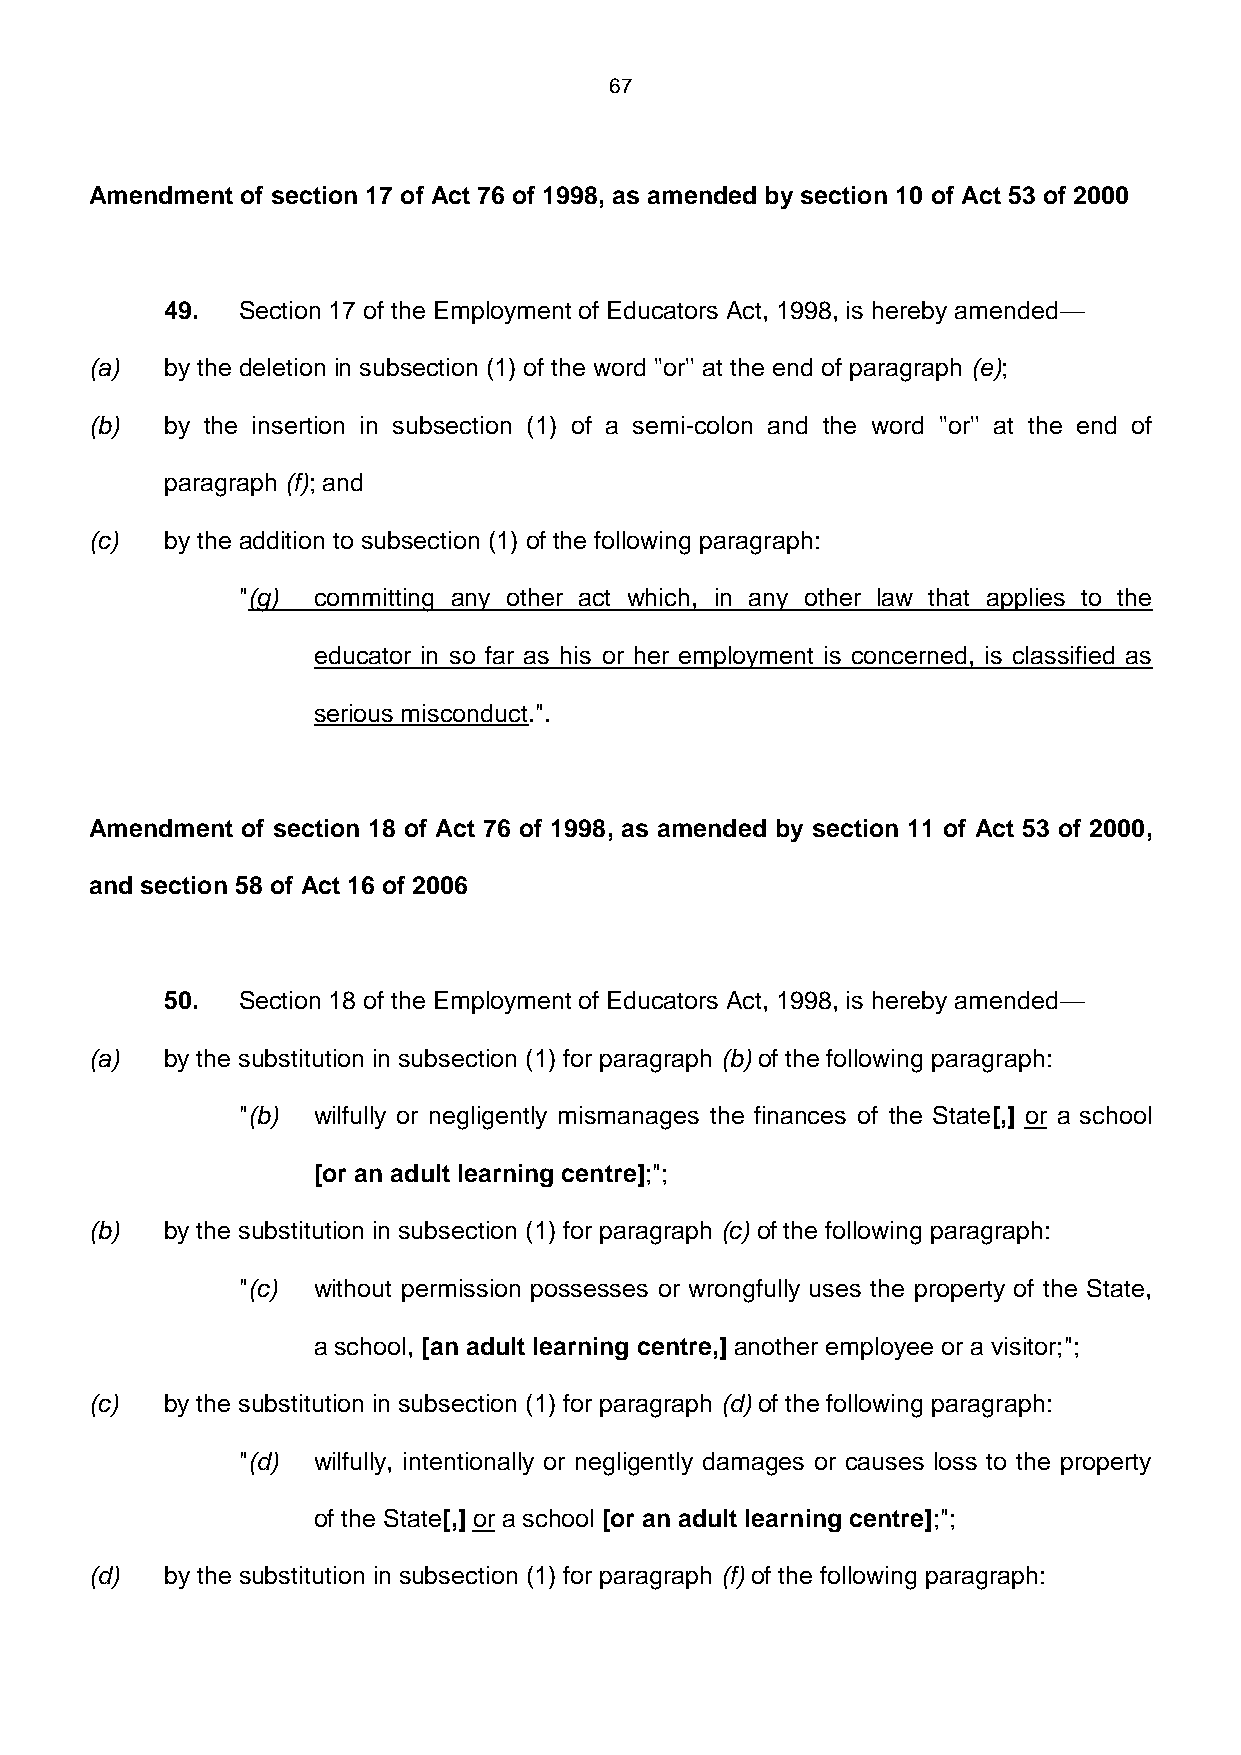
67
 Amendment of section 17 of Act 76 of 1998, as amended by section 10 of Act 53 of 2000
 49.  Section 17 of the Employment of Educators Act, 1998, is hereby amended—
 (a)  by the deletion in subsection (1) of the word ''or'' at the end of paragraph (e);
 (b)  by the insertion in subsection (1) of a semi-colon and the word ''or'' at the end of
 paragraph (f); and
 (c)  by the addition to subsection (1) of the following paragraph:
 "(g) committing any other act which, in any other law that applies to the
 educator in so far as his or her employment is concerned, is classified as
 serious misconduct.".
 Amendment of section 18 of Act 76 of 1998, as amended by section 11 of Act 53 of 2000,
 and section 58 of Act 16 of 2006
 50.  Section 18 of the Employment of Educators Act, 1998, is hereby amended—
 (a)  by the substitution in subsection (1) for paragraph (b) of the following paragraph:
 "(b) wilfully or negligently mismanages the finances of the State[,] or a school
 [or an adult learning centre];";
 (b)  by the substitution in subsection (1) for paragraph (c) of the following paragraph:
 "(c) without permission possesses or wrongfully uses the property of the State,
 a school, [an adult learning centre,] another employee or a visitor;";
 (c)  by the substitution in subsection (1) for paragraph (d) of the following paragraph:
 "(d) wilfully, intentionally or negligently damages or causes loss to the property
 of the State[,] or a school [or an adult learning centre];";
 (d)  by the substitution in subsection (1) for paragraph (f) of the following paragraph: